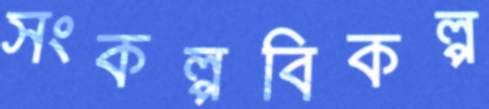
সংকল্পবিকল্প